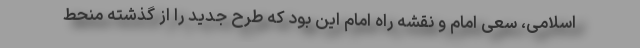
اسلامی، سعی امام و نقشه راه امام این بود که طرح جدید را از گذشته منحط